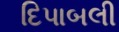
દિપાબલી